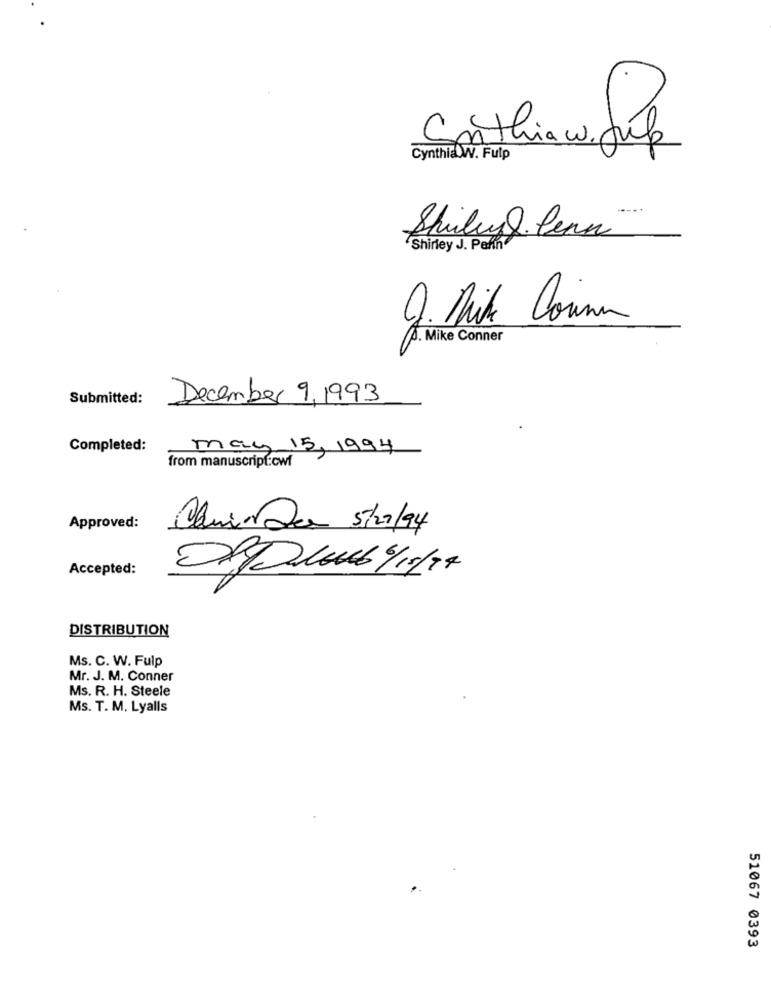
Cathiaw. Juk
Cynthia W. Fulp
Shirley J. Pafin
9. Mike Coune
A. Mike Conner
Submitted:
December 9, 1993
Completed:
may 15, 1994
from manuscript:cwf
Approved:
Qliro Da 5/2/94
Accepted:
OP/10 6 /19/17
DISTRIBUTION
Ms. C. W. Fulp
Mr. J. M. Conner
Ms. R. H. Steele
Ms. T. M. Lyalls
51067 0393